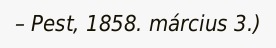
– Pest, 1858. március 3.)